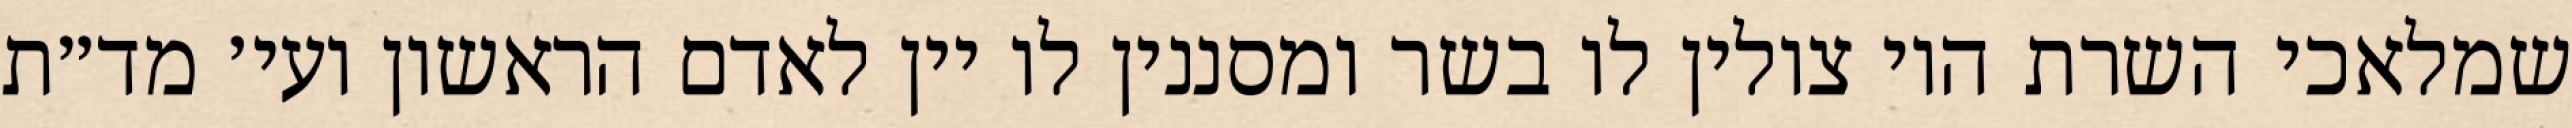
שמלאכי השרת היו צולין לו בשר ומסננין לו יין לאדם הראשון ועי׳ מד״ת